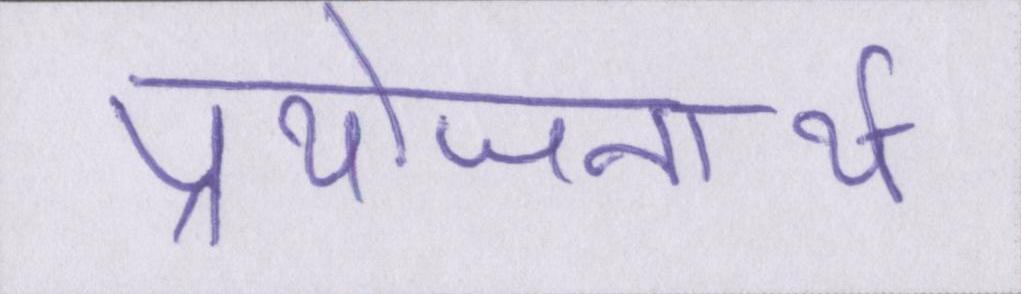
प्रयोजनार्थ